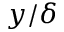
y / \delta